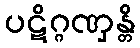
ပဋိဂ္ဂဏှန္တိ